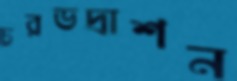
চরভদ্রাশন